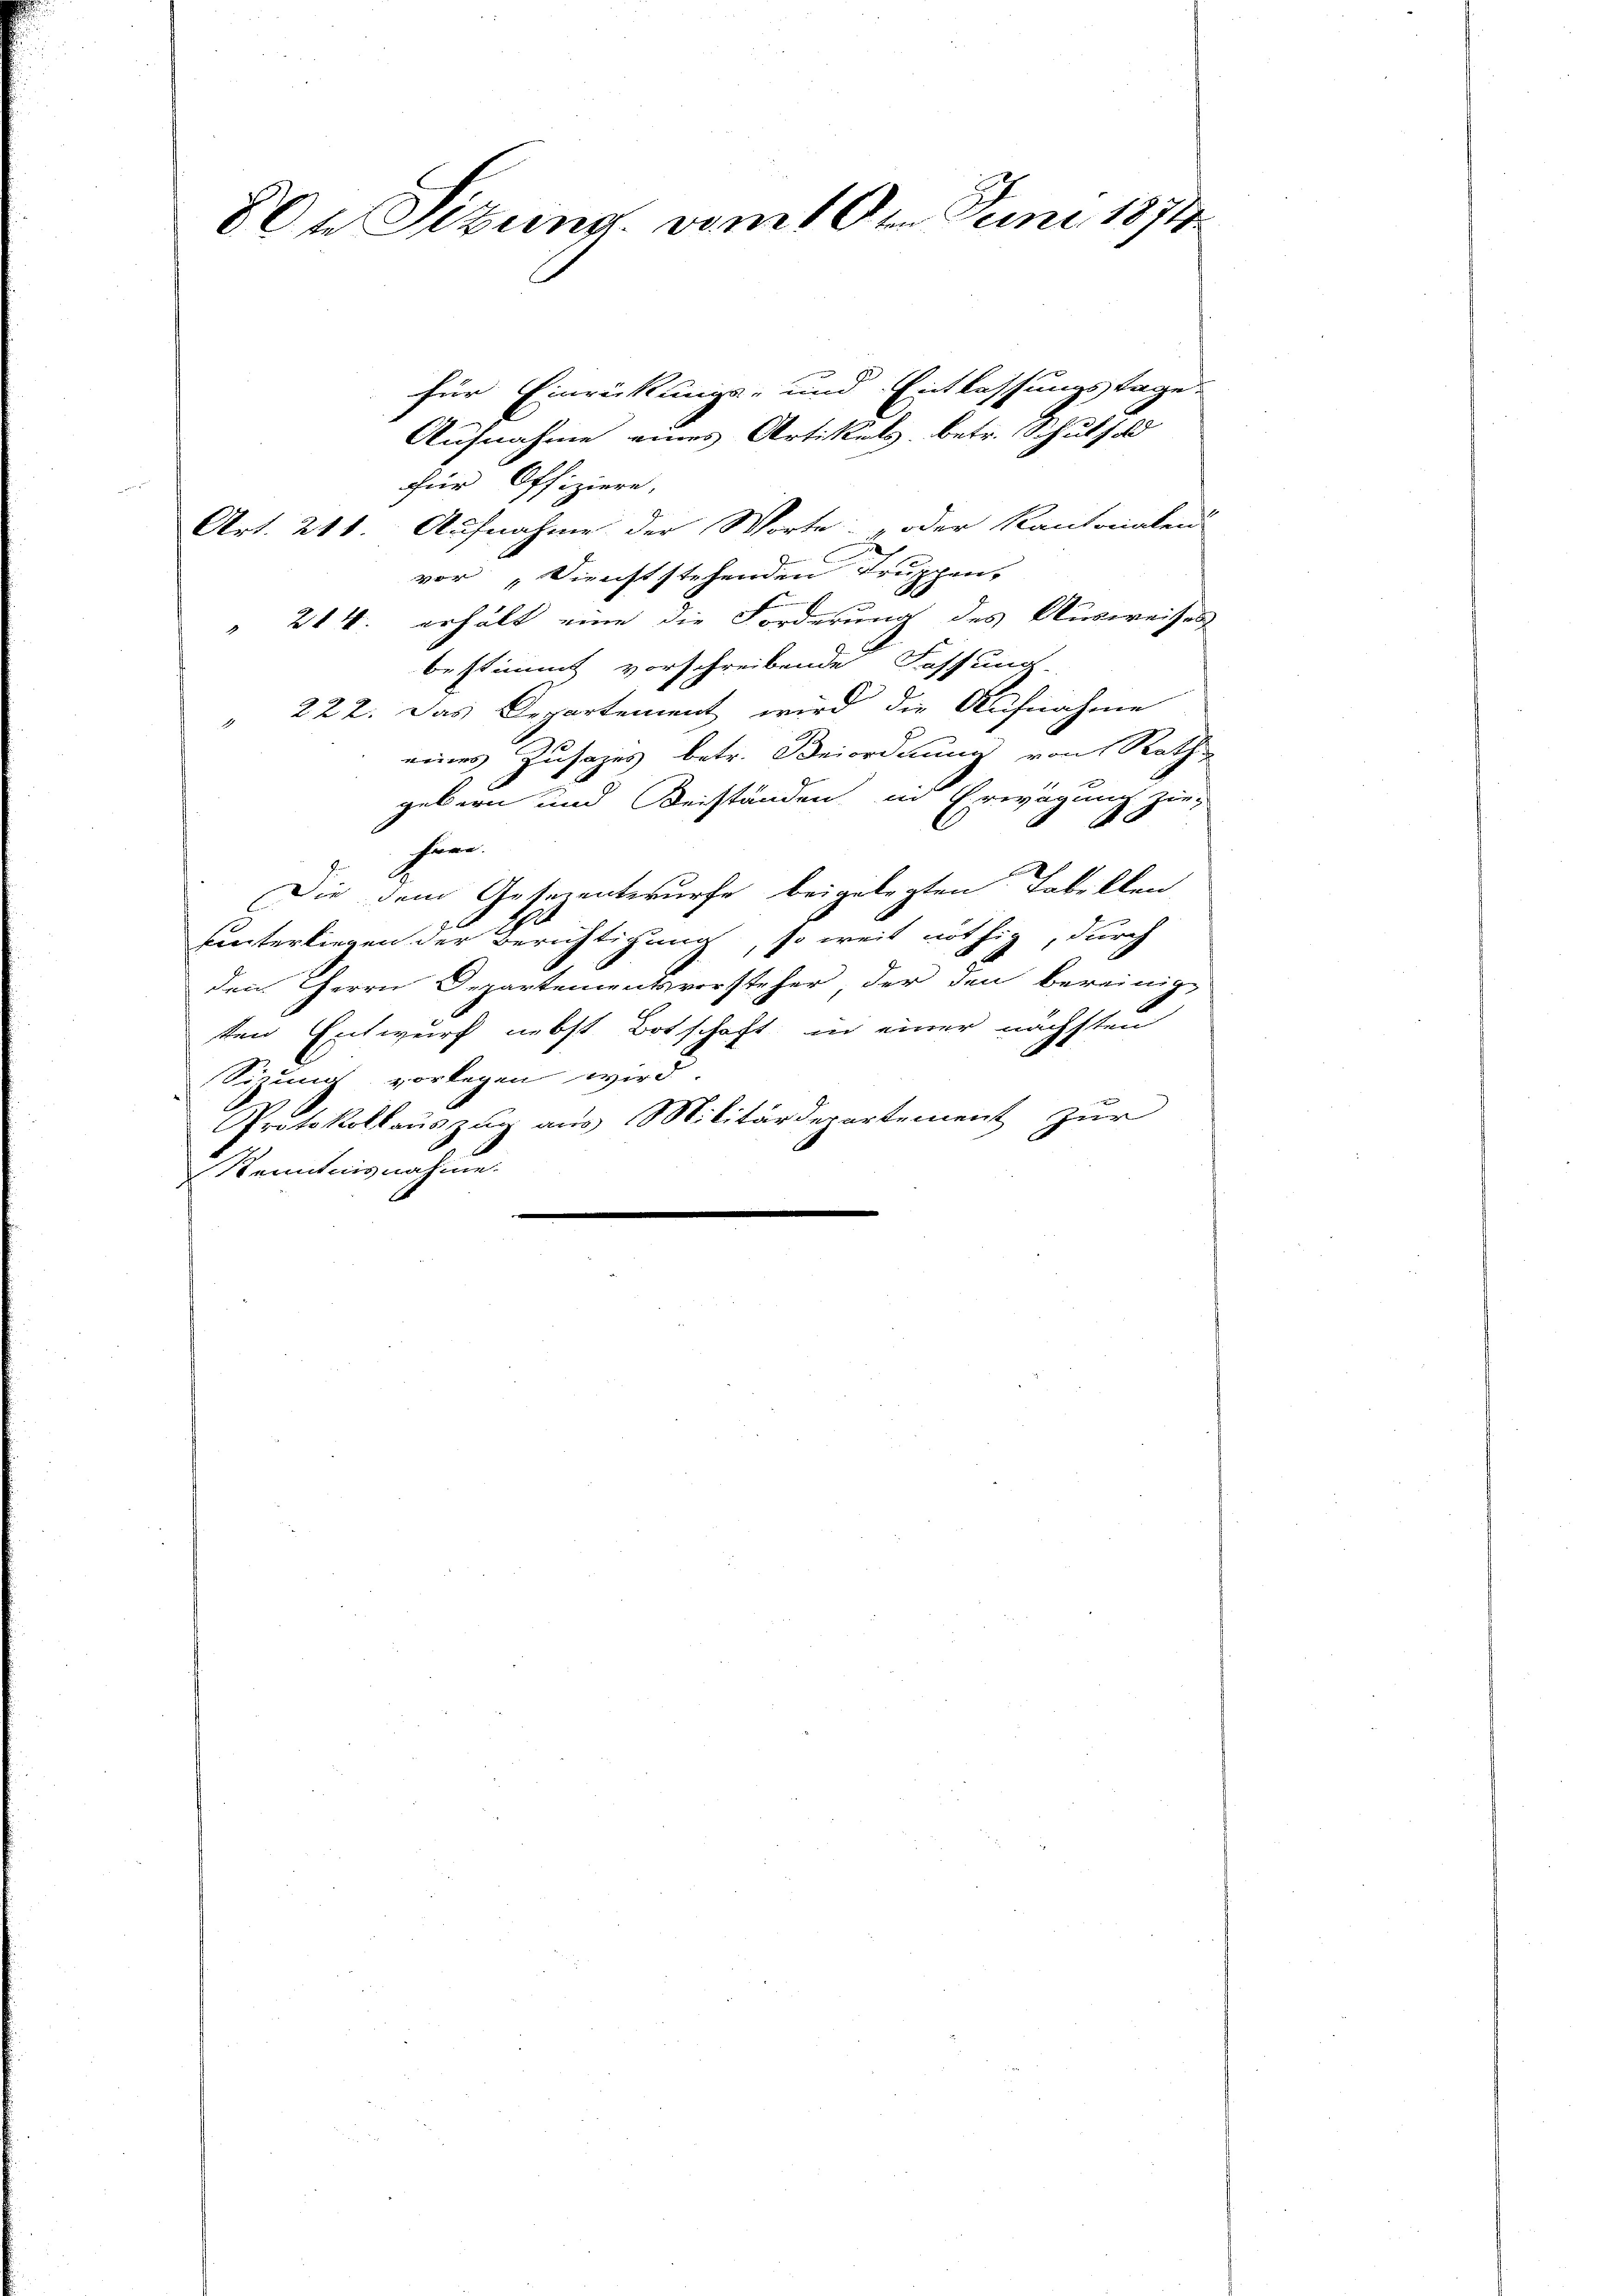
8te Sitzung vom 16t Juni 1874

für Einrückungs- und Entlassungstage
Aufnahme eines Artikels, betr. Schulhald
für Offiziere,
Art. 211. Aufnahme der Worte: „oder Kantonalen
vor „Dienststehenden Truppen-
 214. erhält eine die Forderung des Ausweises
bestimmt vorschreibende Fassung.
222. Das Departement wird die Aufnahme
4
eines Zusatzes betr. Beiordnung von Rath
gebern und Beiständen in Erwägung zuföre.
Die dem Gesezentwurfe beigelegten Tabellen
unterliegen der Berichtigung, so weit nöthig, durch
den Herrn Departementsvorsteher der den bereinige
ten Entwurf nebst Botschaft in einer nächsten
Sinung vorlegen wird.
Protokollauszug aus Militärdepartement zur
Kenntnisnahme.
e